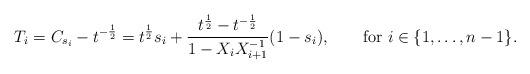
LaTeX: \begin{align*}T_i = C_{s_i}-t^{-\frac12} = t^{\frac12}s_i + \frac{t^{\frac12}-t^{-\frac12}}{1- X_iX^{-1}_{i+1}}(1-s_i),\qquad\hbox{for $i\in \{1, \ldots, n-1\}$.}\end{align*}